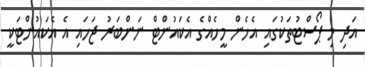
އަދި މި ޕޯސްޓުތަކުގައި އެހެން މީހެއްގެ އެކައުންޓް ނަންބަރު ޖަހައި އެ އެކައުންޓަކީ